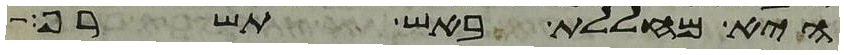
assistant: היא מחללת באש תשרף